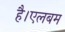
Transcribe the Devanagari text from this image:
है।एलबम